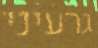
גרעיני